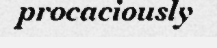
procaciously